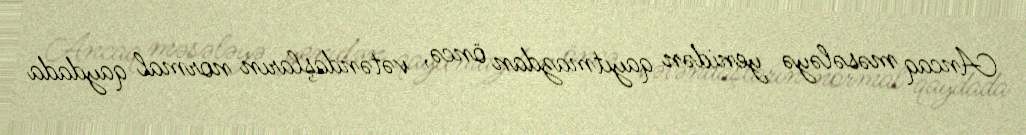
Ancaq məsələyə yenidən qayıtmazdan öncə, vətəndaşların normal qaydada